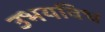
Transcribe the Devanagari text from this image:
उभयविध